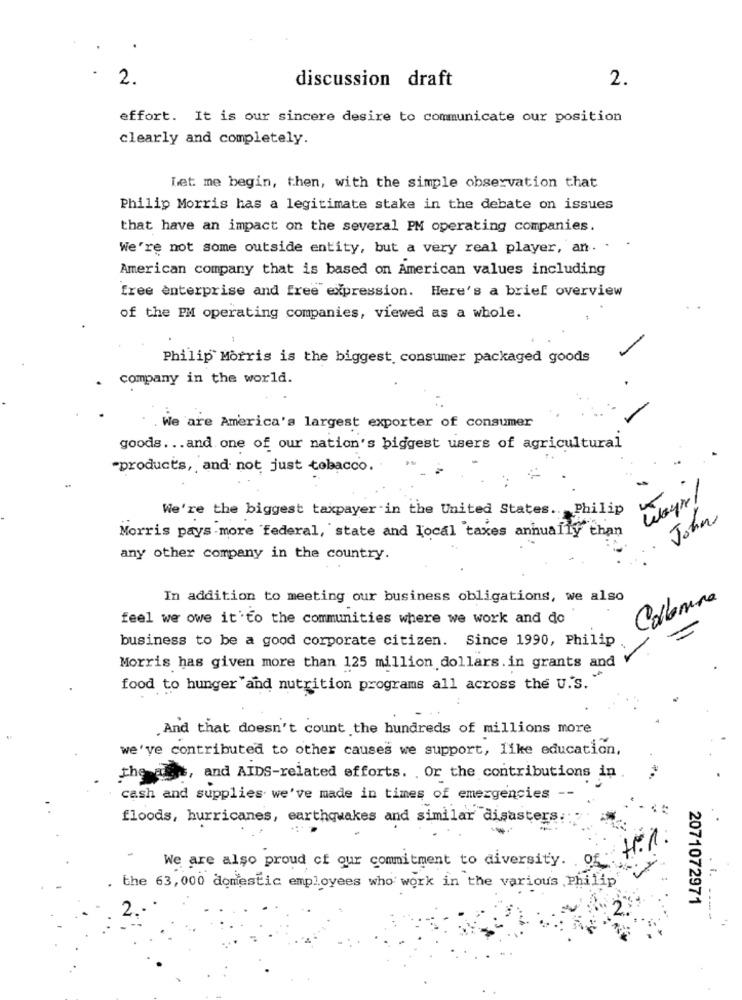
2.
discussion draft
2.
effort. It is our sincere desire to communicate our position
clearly and completely.
Let me begin, then, with the simple observation that
Philip Morris has a legitimate stake in the debate on issues
that have an impact on the several PM operating companies.
We're not some outside entity, but a very real player, an. . .
American company that is based on American values including
free enterprise and free expression. Here's a brief overview
of the PM operating companies, viewed as a whole.
Philip Morris is the biggest consumer packaged goods
company in the world.
. We are America's largest exporter of consumer
goods ... and one of our nation's biggest users of agricultural
-products, and not just tobacco.
Wayne/
We're the biggest taxpayer in the United States .. Philip
John
Morris pays more federal, state and local taxes annually than
any other company in the country.
In addition to meeting our business obligations, we also
Colonna
feel we owe it'to the communities where we work and do
business to be a good corporate citizen. Since 1990, Philip
Morris has given more than 125 million dollars. in grants and
food to hunger and nutrition programs all across the U.S.
And that doesn't count the hundreds of millions more
we've contributed to other causes we support, like education,
the ales, and AIDS-related efforts. . Or the contributions in
cash and supplies we've made in times of emergencies --
floods, hurricanes, earthquakes and similar disasters.
1.
We are also proud of our commitment to diversity. . Of
the 63, 000 domestic employees who work in the various Philip
2071072971